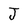
Character: J